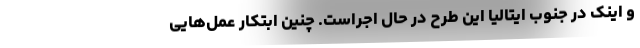
و اینک در جنوب ایتالیا این طرح در حال اجراست. چنین ابتکار عمل‌هایی